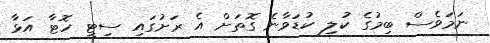
ނަމަވެސް ބިމުގެ ކުލި ކުޑަވާނެ ގޮތަށް އެ ރަށުގައި ސިޓީ ހޮޓާ އަޅާ